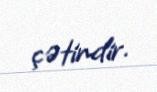
çətindir.